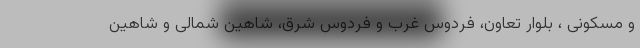
و مسکونی ، بلوار تعاون، فردوس غرب و فردوس شرق، شاهین شمالی و شاهین